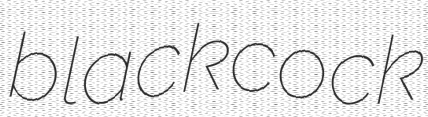
blackcock